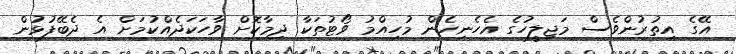
އޭގެ އިތުރުންވެސް މަޖިލީހުގެ އެހެނިހެން މުހިއްމު ވޯޓުތަކާ ދިމާކޮށް ވާހަކަދެއްކުމަށް އެ ދެބޭފުޅުން